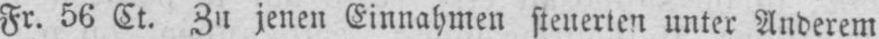
Fr. 56 Ct. Zu jenen Einnahmen steuerten unter Anderem